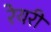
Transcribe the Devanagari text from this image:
रेयरी